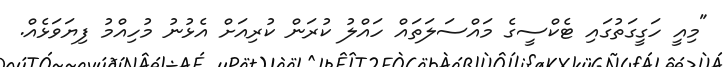
"މިއީ ހަގީގަތުގައި ޓެކްސީގެ މައްސަލަތައް ހައްލު ކުރަން ކުރިއަށް އެޅުނު މުހިއްމު ފިޔަވަޅެއް.